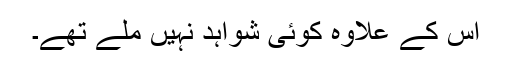
اس کے علاوہ کوئی شواہد نہیں ملے تھے۔